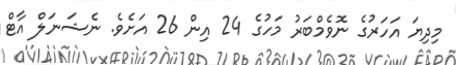
މިދިޔަ އަހަރުގެ ނޮވެމްބަރު މަހުގެ 24 އިން 26 އަށެވެެ. ނެޝަނަލް އާޓް